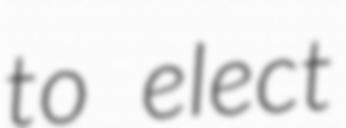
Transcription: to elect